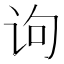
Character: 𰵛